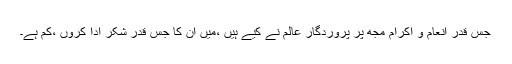
جس قدر انعام و اکرام مجھ پر پروردگار عالم نے کیے ہیں ،میں ان کا جس قدر شکر ادا کروں ،کم ہے۔